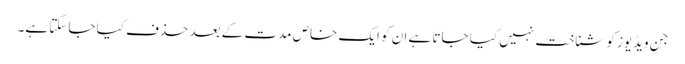
جن ویڈیوز کو شناخت نہیں کیا جاتا ہے ان کو ایک خاص مدت کے بعد حذف کیا جاسکتا ہے۔